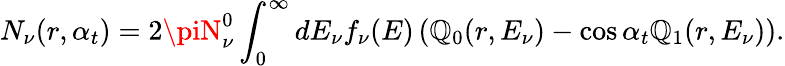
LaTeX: N_{\nu}(r,\alpha_{t})=2\piN_{\nu}^{0}\int_{0}^{\infty}dE_{\nu}f_{\nu}(E)\left(\mathbb{Q}_{0}(r,E_{\nu})-\cos\alpha_{t}\mathbb{Q}_{1}(r,E_{\nu})\right).